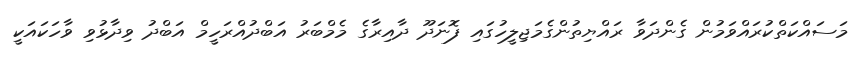
މަސައްކަތްކުރައްވަމުން ގެންދަވާ ރައްޔިތުންގެމަޖިލީހުގައި ފޮނަދޫ ދާއިރާގެ މެމްބަރު އަބްދުއްރަހީމް އަބްދު ވިދާޅުވި ވާހަކައަކީ